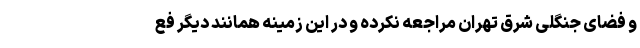
و فضای جنگلی شرق تهران مراجعه نکرده و در این زمینه همانند دیگر فع